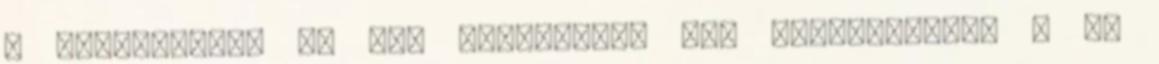
- kétségtelen ma van kilencedik éve szorgalmazom - az